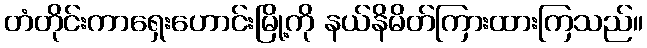
တံတိုင်းကာရှေးဟောင်းမြို့ကို နယ်နိမိတ်ကြားထားကြသည်။